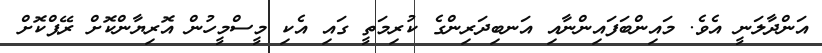
އަންދާލަނީ އެވެ. މައިންބަފައިންނާއި އަނބިދަރިންގެ ކުރިމަތީ ގައި އެކި މީސްމީހުން އޮރިޔާންކޮށް ރޭޕްކޮށް